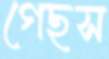
গেছস